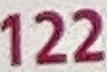
122